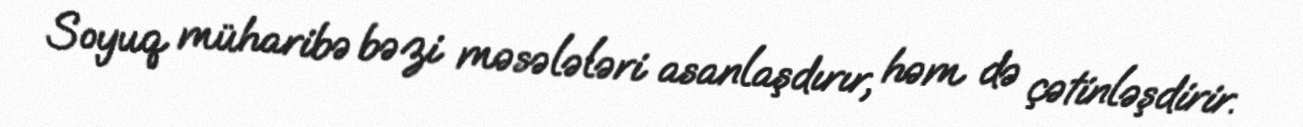
Soyuq müharibə bəzi məsələləri asanlaşdırır, həm də çətinləşdirir.